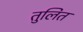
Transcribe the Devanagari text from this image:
तुलित